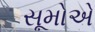
સૂમોએ